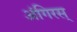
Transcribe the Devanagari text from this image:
अंगिरस्‌